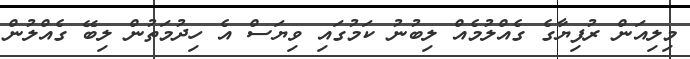
މިލިއަން ރުފިޔާގެ ގެއްލުމެއް ލިބުނު ކަމުގައި ވިޔަސް އެ ހިދުމަތުން ލިބޭ ގެއްލުން